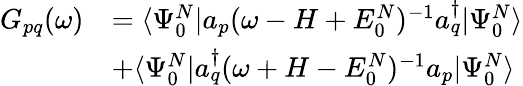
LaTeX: \begin{array}{rl}{G_{pq}(\omega)}&{=\langle\Psi_{0}^{N}|a_{p}(\omega-H+E_{0}^{N})^{-1}a_{q}^{\dagger}|\Psi_{0}^{N}\rangle}\\ &{+\langle\Psi_{0}^{N}|a_{q}^{\dagger}(\omega+H-E_{0}^{N})^{-1}a_{p}|\Psi_{0}^{N}\rangle}\end{array}